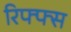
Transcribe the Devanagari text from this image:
रिफ्फ्स